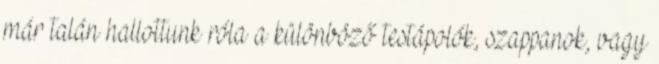
már talán hallottunk róla a különböző testápolók, szappanok, vagy